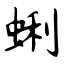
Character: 蜊